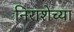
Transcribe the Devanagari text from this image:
निराशेच्या